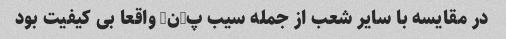
در مقایسه با سایر شعب از جمله سیب پ-ن- واقعا بی کیفیت بود